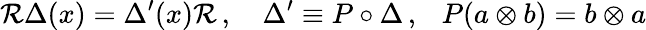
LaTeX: {\cal R}\Delta(x)=\Delta^{\prime}(x){\cal R}\, ,\ \ \ \ \Delta^{\prime}\equiv P\circ\Delta\, ,\ \ \ P(a\otimes b)=b\otimes a